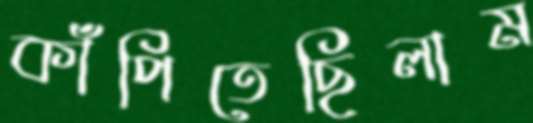
কাঁপিতেছিলাম